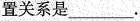
置关系是___.